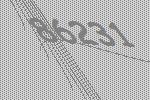
86231